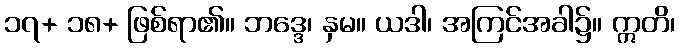
၁၇+ ၁၈+ ဖြစ်ရာ၏။ ဘဒ္ဒေ၊ နှမ။ ယဒါ၊ အကြင်အခါ၌။ ဣတိ၊